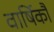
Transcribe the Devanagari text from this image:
वार्षिकौ